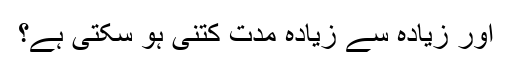
اور زیادہ سے زیادہ مدت کتنی ہو سکتی ہے؟